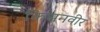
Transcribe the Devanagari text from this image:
किसनवीर